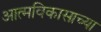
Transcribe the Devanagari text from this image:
आत्मविकासाच्या